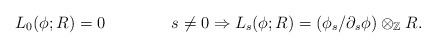
\begin{align*}L_0(\phi;R) & = 0 & s\neq 0 \Rightarrow L_s(\phi;R) & = (\phi_s/\partial_s\phi)\otimes_{\mathbb{Z}} R.\end{align*}